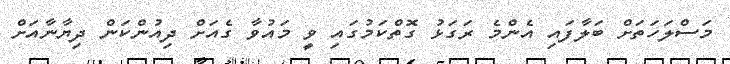
މަސްލަހަތަށް ބަލާފައި އެންމެ ރަގަޅު ގޮތްކަމުގައި ވީ މައުވާ ގެއަށް ދިއުންކަން ދިޔާނާއަށް